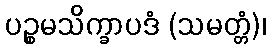
ပဉ္စမသိက္ခာပဒံ (သမတ္တံ)၊